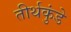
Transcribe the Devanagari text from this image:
तीर्थकुंडे